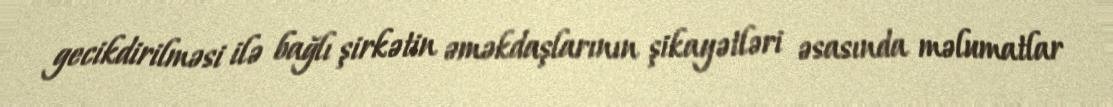
gecikdirilməsi ilə bağlı şirkətin əməkdaşlarının şikayətləri əsasında məlumatlar